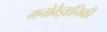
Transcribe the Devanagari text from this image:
मनोवैज्ञानिकी